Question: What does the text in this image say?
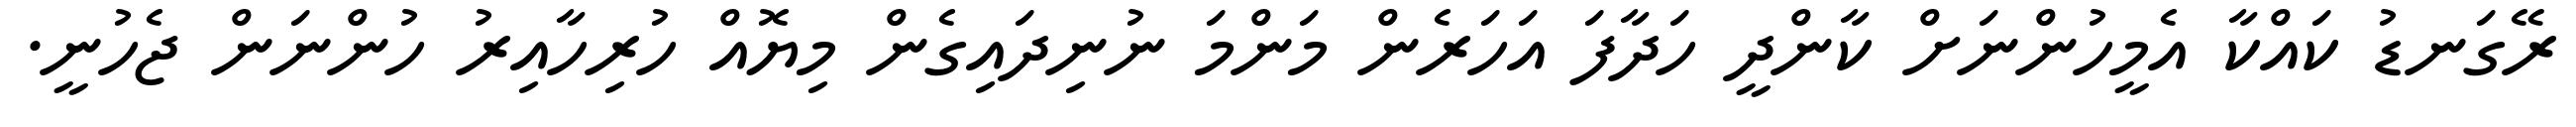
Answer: ރޭގަނޑު ކައްކާ އެމީހުންނަށް ކާންދީ ހަދާފަ އަހަރެން މަންމަ ނުނިދައިގެން މިޔޮއް ހުރިހާއިރު ހުންނަން ޖެހުނީ.